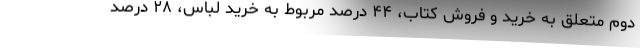
دوم متعلق به خرید و فروش کتاب، ۴۴ درصد مربوط به خرید لباس، ۲۸ درصد